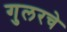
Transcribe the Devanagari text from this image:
गुलरचे